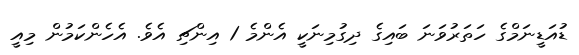
ޑުއަޑީނަމްގެ ހަތަރުވަނަ ބައިގެ ދިގުމިނަކީ އެންމެ 1 އިންޗި އެވެ. އެހެންކަމުން މިއީ